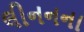
લીનનના